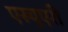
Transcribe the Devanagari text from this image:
एस्चुएरी